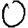
Digit: 0